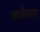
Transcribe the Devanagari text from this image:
ककैय्या